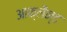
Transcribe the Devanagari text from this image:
आक्लैन्ड